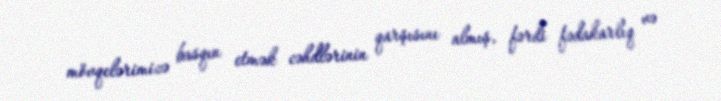
mövqelərimizə basqın etmək cəhdlərinin qarşısını almış, fərdi fədakarlıq və